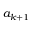
a _ { k + 1 }